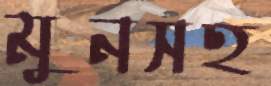
মুনসহ